65_HS1-834228961_62-HQ-83894_Section_8
Agency: FBI
Page 78
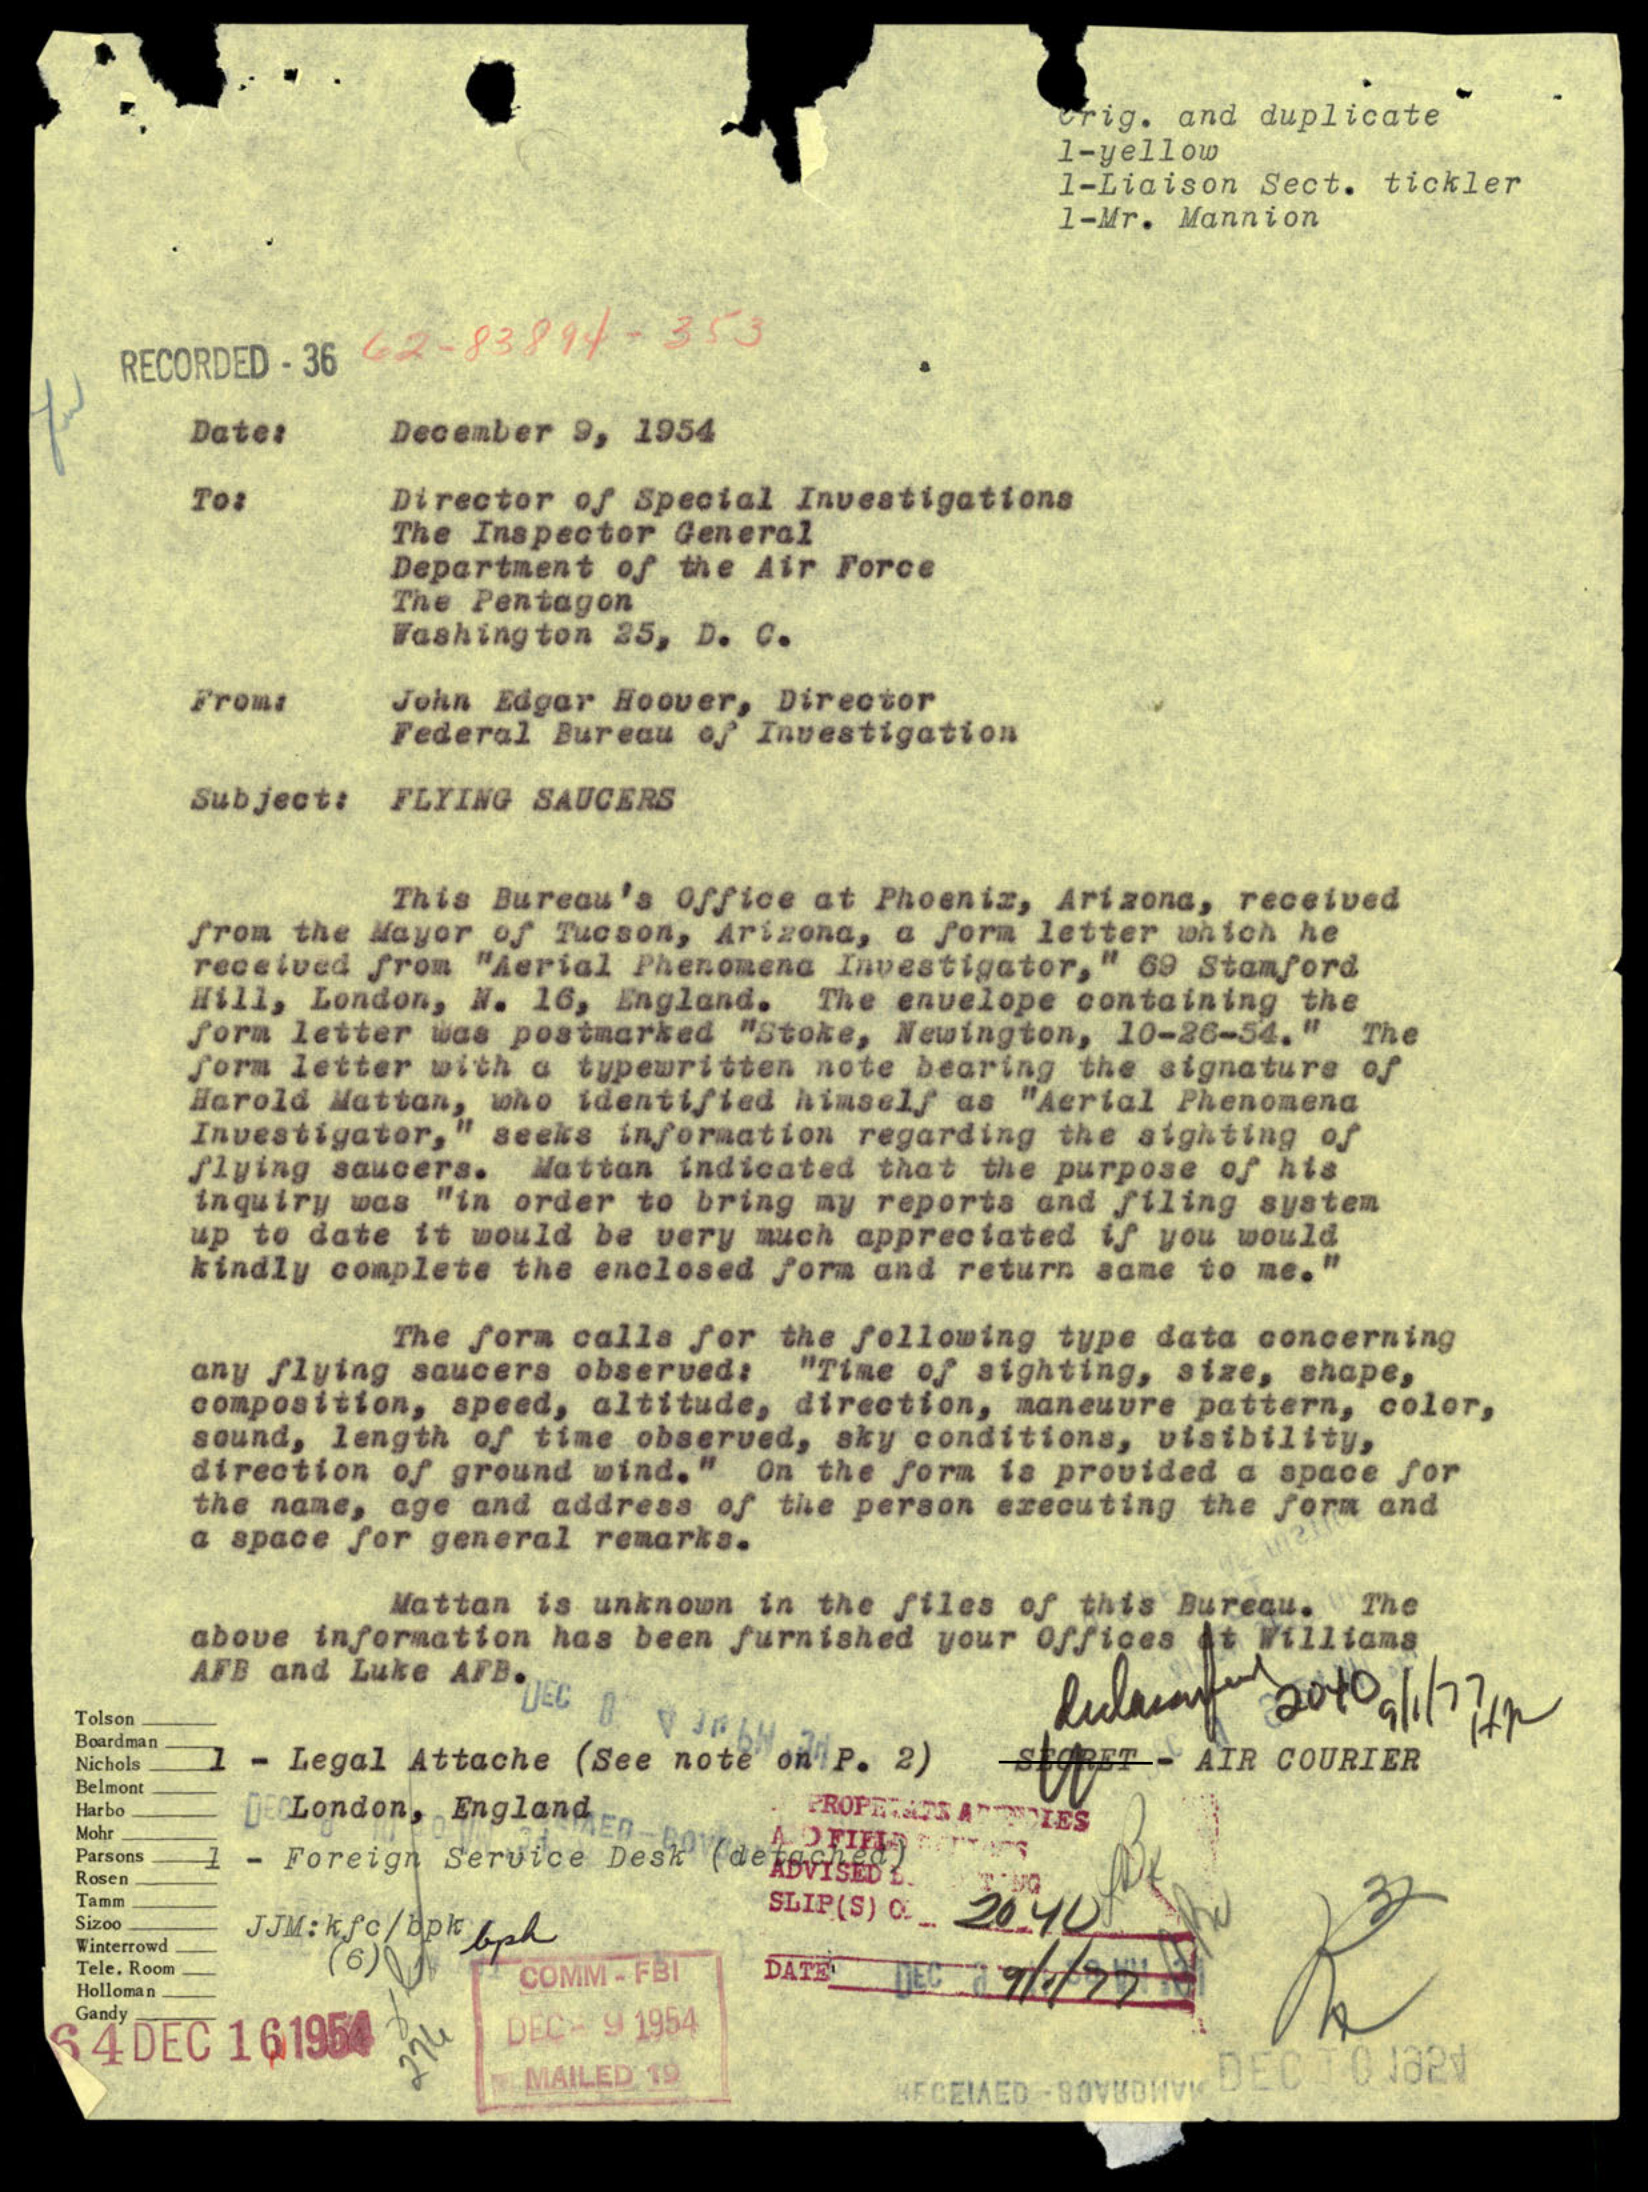